65_HS1-834228961_62-HQ-83894_Section_9
Agency: FBI
Page 218
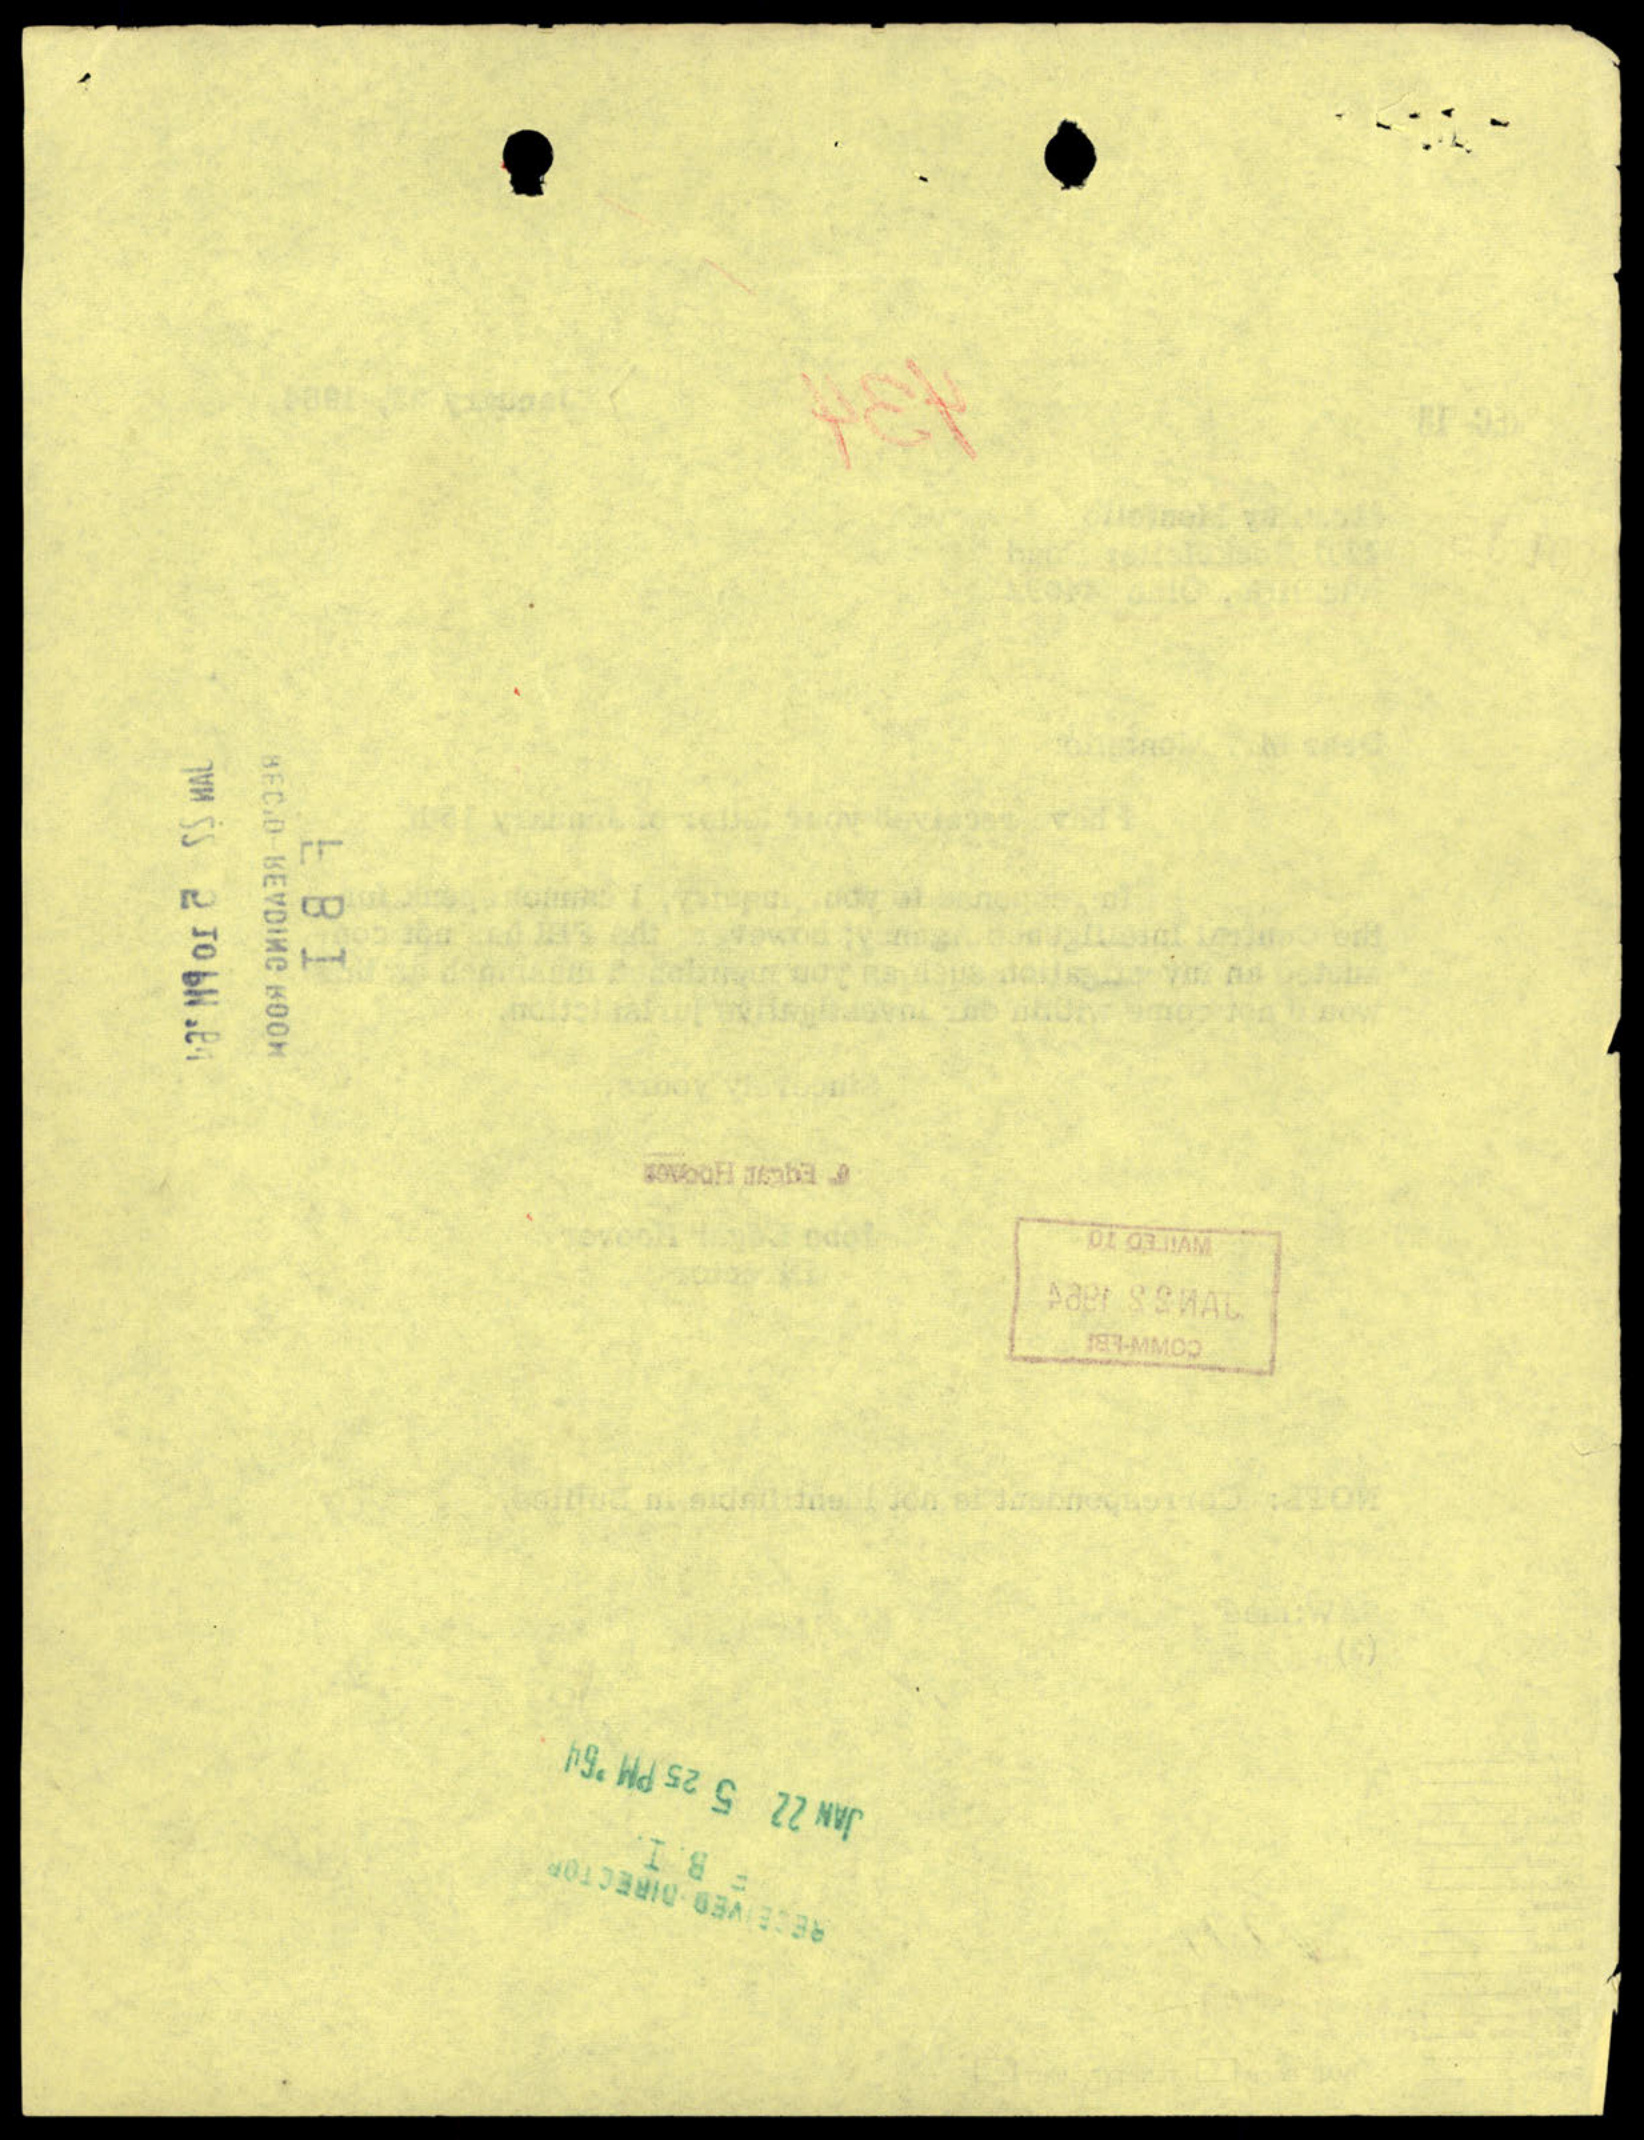